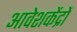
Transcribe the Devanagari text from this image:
आवेशकेंद्रों